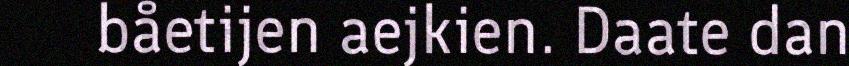
båetijen aejkien. Daate dan